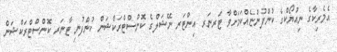
އެމެރިކާގެ ނިއުޔޯކްގެ ކުންފުންޏެއްކަމަށްވާ ޓަރނަރ އިންޓަރ ނޭޝަލްގެ ކޮންސްޓްރަކްޝަން ކުންފުނި ޓާނަރ ކޮންސްޓްރަކްޝަން